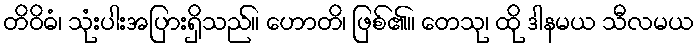
တိဝိဓံ၊ သုံးပါးအပြားရှိသည်။ ဟောတိ၊ ဖြစ်၏။ တေသု၊ ထို ဒါနမယ သီလမယ